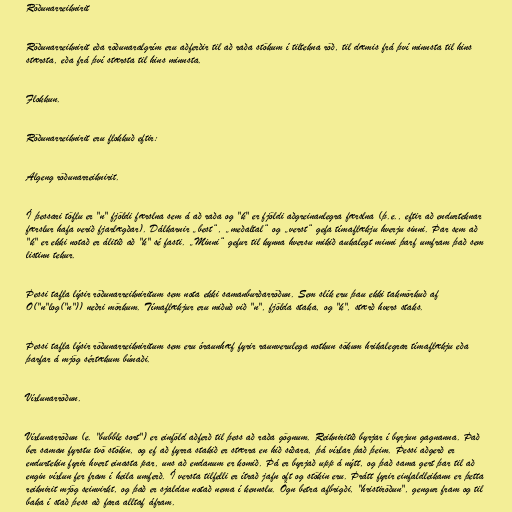
Röðunarreiknirit

Röðunarreiknirit eða röðunaralgrím eru aðferðir til að raða stökum í tiltekna röð, til dæmis frá því minnsta til hins
stærsta, eða frá því stærsta til hins minnsta.

Flokkun.

Röðunarreiknirit eru flokkuð eftir:

Algeng röðunarreiknirit.

Í þessari töflu er "n" fjöldi færslna sem á að raða og "k" er fjöldi aðgreinanlegra færslna (þ.e., eftir að endurteknar
færslur hafa verið fjarlægðar). Dálkarnir „best“, „meðaltal“ og „verst“ gefa tímaflækju hverju sinni. Þar sem að
"k" er ekki notað er álitið að "k" sé fasti. „Minni“ gefur til kynna hversu mikið aukalegt minni þarf umfram það sem
listinn tekur.

Þessi tafla lýsir röðunarreikniritum sem nota ekki samanburðarröðun. Sem slík eru þau ekki takmörkuð af
O("n"log("n")) neðri mörkum. Tímaflækjur eru miðuð við "n", fjölda staka, og "k", stærð hvers staks.

Þessi tafla lýsir röðunarreikniritum sem eru óraunhæf fyrir raunverulega notkun sökum hrikalegrar tímaflækju eða
þarfar á mjög sértækum búnaði.

Víxlunarröðun.

Víxlunarröðun (e. "bubble sort") er einföld aðferð til þess að raða gögnum. Reikniritið byrjar í byrjun gagnanna. Það
ber saman fyrstu tvö stökin, og ef að fyrra stakið er stærra en hið síðara, þá víxlar það þeim. Þessi aðgerð er
endurtekin fyrir hvert einasta par, uns að endanum er komið. Þá er byrjað upp á nýtt, og það sama gert þar til að
engin víxlun fer fram í heila umferð. Í versta tilfelli er ítrað jafn oft og stökin eru. Þrátt fyrir einfaldleikann er þetta
reiknirit mjög seinvirkt, og það er sjaldan notað nema í kennslu. Ögn betra afbrigði, "hristiröðun", gengur fram og til
baka í stað þess að fara alltaf áfram.